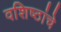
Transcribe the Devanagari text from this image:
वशिष्ठांचे